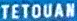
TETOUAN